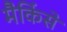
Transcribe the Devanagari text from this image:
मैकिंसे